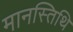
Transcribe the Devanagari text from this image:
मानस्तिथि